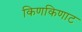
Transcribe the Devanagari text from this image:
किणकिणाट